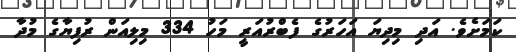
ކަަމަށެވެ. އަދި މިދިޔަ އަހަރުގެ ފެބްރުއަރީ މަހު 334 މިލިއަން ރުފިޔާގެ މުދާ